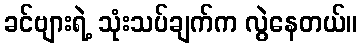
ခင်ဗျားရဲ့ သုံးသပ်ချက်က လွဲနေတယ်။